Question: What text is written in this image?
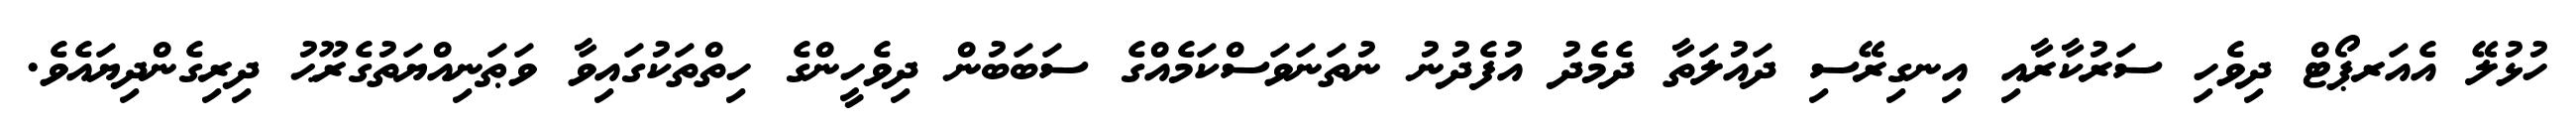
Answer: ހުޅުލޭ އެއަރޕޯޓް ދިވެހި ސަރުކާރާއި އިނގިރޭސި ދައުލަތާ ދެމެދު އުފެދުނު ނުތަނަވަސްކަމެއްގެ ސަބަބުން ދިވެހީންގެ ހިތްތަކުގައިވާ ވަޠަނިއްޔަތުގެރޫޙު ދިރިގެންދިޔައެވެ.